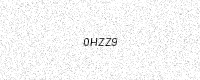
Text: 0HZZ9